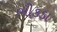
ભીકડા